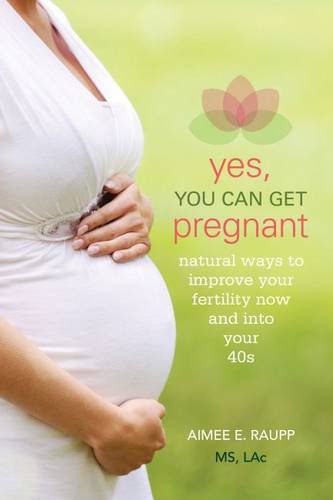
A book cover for Yes, You Can Get Pregnant: Natural Ways to Improve Your Fertility Now and into Your 40s; Aimee Raupp MS  LAc; Parenting & Relationships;